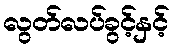
လွတ်လပ်ခွင့်နှင့်